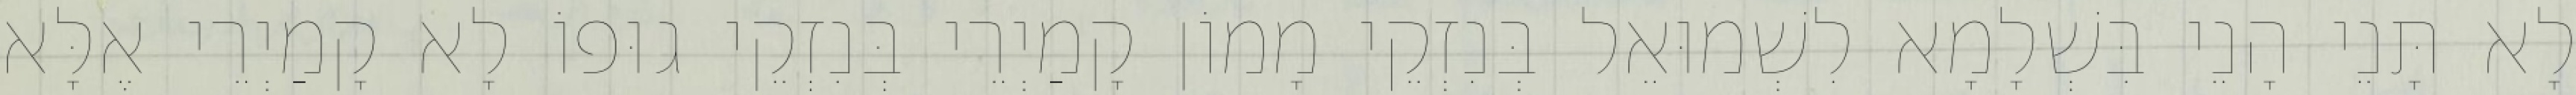
לָא תָּנֵי הָנֵי בִּשְׁלָמָא לִשְׁמוּאֵל בְּנִזְקֵי מָמוֹן קָמַיְרֵי בְּנִזְקֵי גוּפוֹ לָא קָמַיְרֵי אֶלָּא